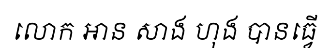
លោក អាន សាង ហុង បានធ្វើ